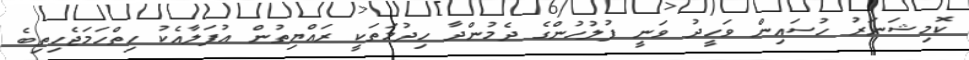
ކޮމިޝަނަރު ހުސައިން ވަހީދު ވަނީ ފުލުހުންގެ ދެމުންދާ ހިދުމަތަކީ ރައްޔިތުން އުފަލާއެކު ހިތްހަމަޖެހިތިބެ